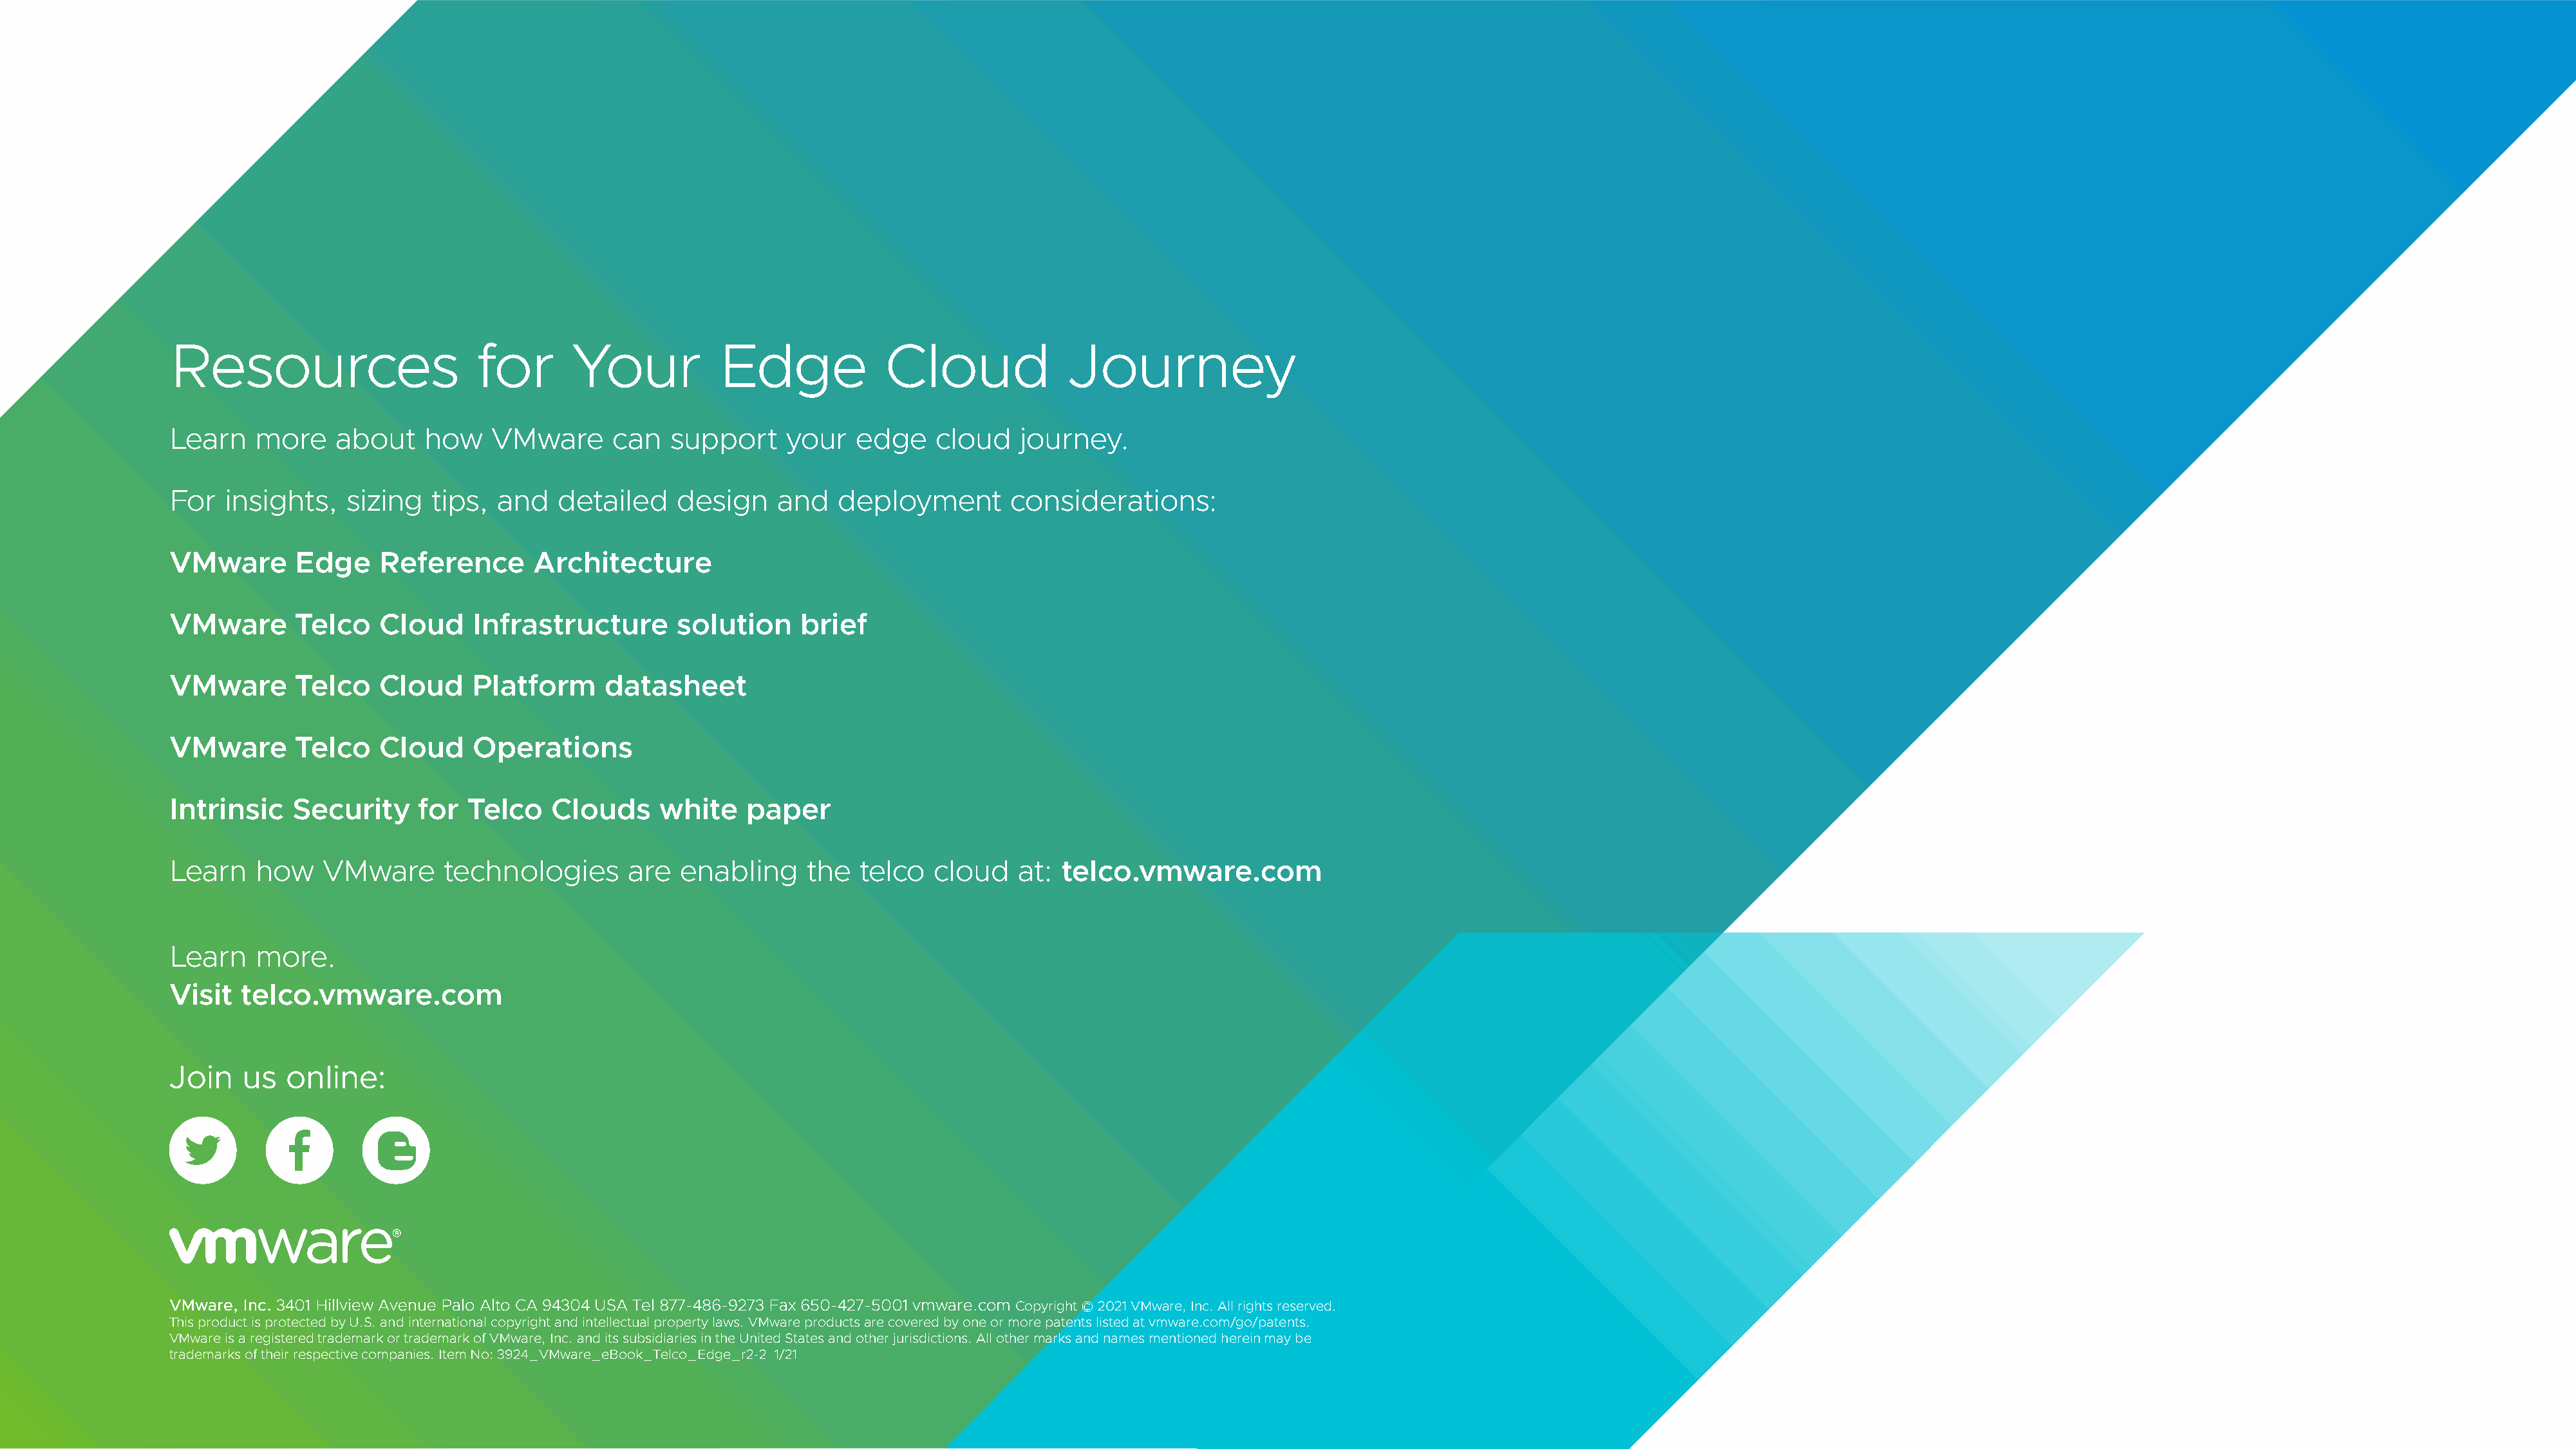
Resources                       for       Your           Edge             Cloud              Journey
 Learn    more     about    how    VMware      can   support     your   edge    cloud    journey.
 For   insights,    sizing  tips,  and   detailed     design    and   deployment        considerations:
 VMware       Edge     Reference       Architecture
 VMware       Telco    Cloud     Infrastructure       solution    brief
 VMware       Telco    Cloud     Platform     datasheet
 VMware       Telco    Cloud     Operations
 Intrinsic    Security     for  Telco    Clouds     white    paper
 Learn    how    VMware       technologies       are  enabling     the  telco   cloud    at: telco.vmware.com
 Learn    more.
 Visit   telco.vmware.com
 Join    us  online:
 VMware, Inc. 3401 Hillview Avenue Palo Alto CA 94304 USA Tel 877-486-9273 Fax 650-427-5001 vmware.com Copyright © 2021 VMware, Inc. All rights reserved.
 This product is protected by U.S. and international copyright and intellectual property laws. VMware products are covered by one or more patents listed at vmware.com/go/patents.
 VMware is a registered trademark or trademark of VMware, Inc. and its subsidiaries in the United States and other jurisdictions. All other marks and names mentioned herein may be
 trademarks of their respective companies. Item No: 3924_VMware_eBook_Telco_Edge_r2-2 1/21